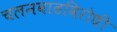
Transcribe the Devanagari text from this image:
चलनवाढविरोधी